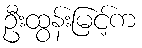
ဦးထွန်းမြင့်က